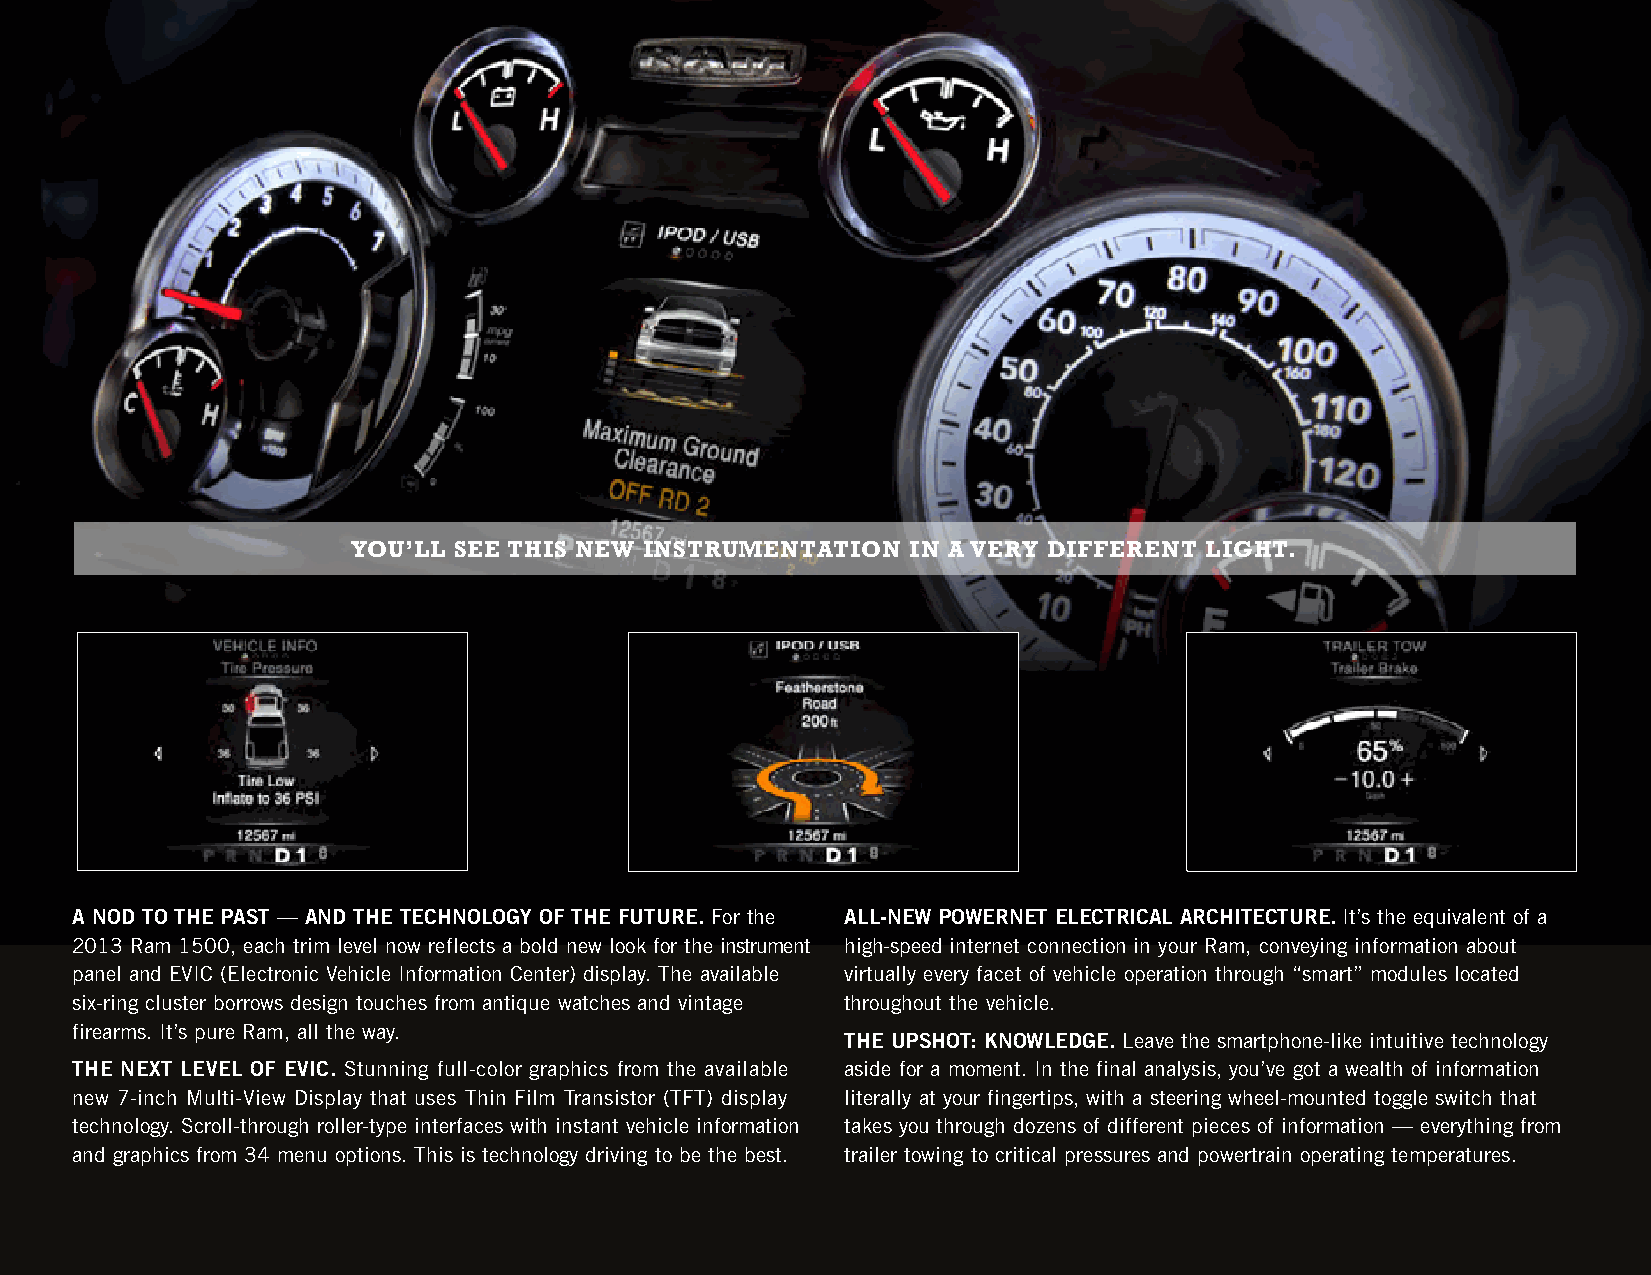
YOu’LL SEE THIS NEW INSTRuMENTATION  IN A VERY DIFFERENT LIgHT.
 A NOd tO thE PAst — ANd thE tEChNOlOgy OF thE FutuRE. For the All-NEw POwERNEt ElECtRiCAl ARChitECtuRE. It’s the equivalent of a
 2013 Ram 1500, each trim level now reflects a bold new look for the instrument high-speed internet connection in your Ram, conveying information about
 panel and EVIC (Electronic Vehicle Information Center) display. The available virtually every facet of vehicle operation through “smart” modules located
 six-ring cluster borrows design touches from antique watches and vintage throughout the vehicle.
 firearms. It’s pure Ram, all the way.
 thE uPshOt: kNOwlEdgE. Leave the smartphone-like intuitive technology
 thE NExt lEvEl OF EviC. Stunning full-color graphics from the available aside for a moment. In the final analysis, you’ve got a wealth of information
 new 7-inch Multi-View Display that uses Thin Film Transistor (TFT) display literally at your fingertips, with a steering wheel-mounted toggle switch that
 technology. Scroll-through roller-type interfaces with instant vehicle information takes you through dozens of different pieces of information — everything from
 and graphics from 34 menu options. This is technology driving to be the best. trailer towing to critical pressures and powertrain operating temperatures.
 Page 27